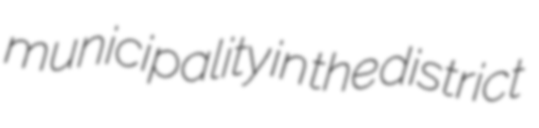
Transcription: municipality in the district